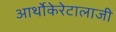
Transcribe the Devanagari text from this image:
आर्थोकेरेटालाजी